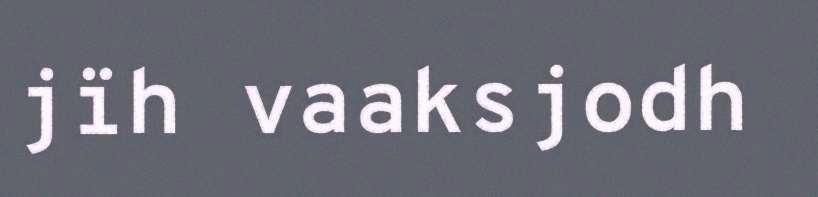
jïh vaaksjodh